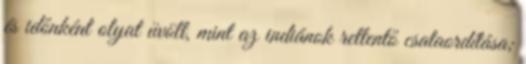
és időnként olyat üvölt, mint az indiánok rettentő csataordítása;